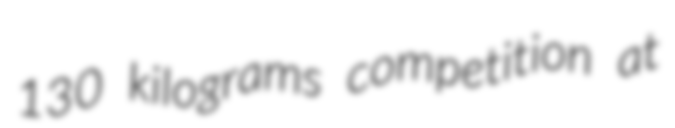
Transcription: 130 kilograms competition at